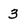
Character: 3